Civil Veterinary Department Bihar reports 1940-50 - 1940-1950
Year: 1940
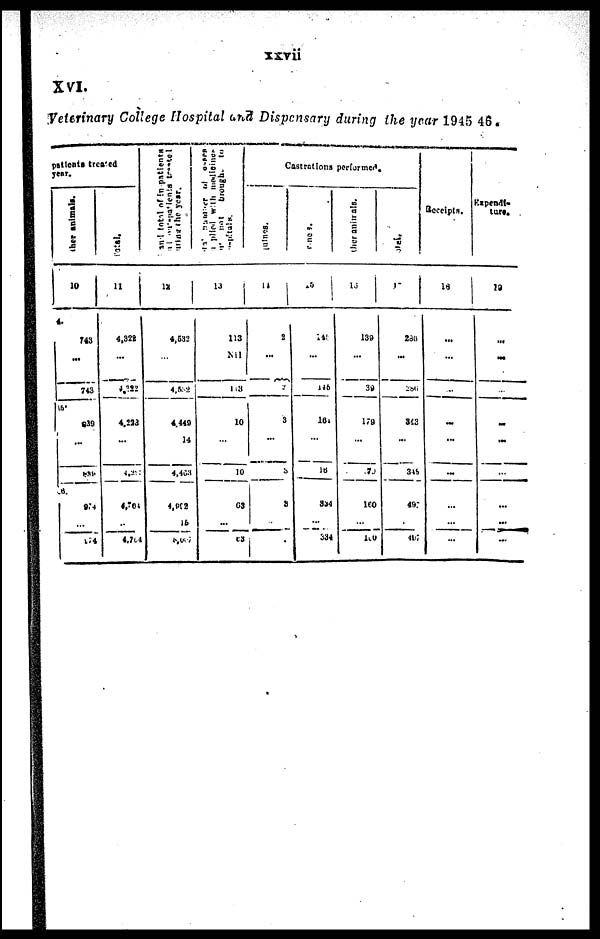
xxvii
XVI.
Veterinary College Hospital and Dispensary during the year 1945-46.
patients treated
year.
Other animals
10
4.
743
...
743
15
839
...
839
6
914
...
174
Total.
11
...
4,322
...
4,322
4,223
...
4,211
4,764
..
4.704
and total
of In-patients
and out-patients treated
during
the
year.
12
...
4,632
...
4,532
4.440
14
4,463
4,902
15
5,067
Number
of
under-
supplied with medicines
not
brought
to
hospital
13
...
113
Nil
103
10
...
10
63
...
83
Castrations performed.
Equines.
14
...
2
...
2
3
...
3
8
...
Bovines.
15
...
145
...
145
161
...
16
334
...
334
Other Animals.
16
...
139
...
39
179
...
70
160
...
100
Total.
17
...
286
...
286
343
...
348
497
...
407
Receipts.
18
...
...
...
...
...
...
...
...
...
...
Expendi-
ture.
10
...
...
...
...
...
...
...
...
...
...